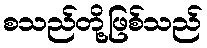
စသည်တို့ဖြစ်သည်